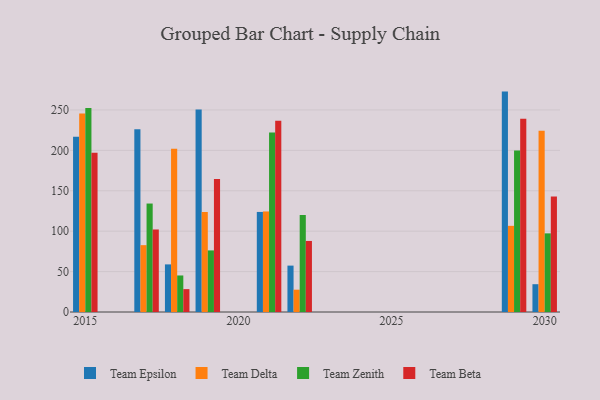
{"axis": {"x": "Year", "y": "Revenue (USD Million)"}, "legend": ["Team Beta", "Team Delta", "Team Epsilon", "Team Zenith"], "data": [{"x": "2018", "y": 58.9, "type": "Team Epsilon"}, {"x": "2018", "y": 202.0, "type": "Team Delta"}, {"x": "2018", "y": 45.2, "type": "Team Zenith"}, {"x": "2018", "y": 28.3, "type": "Team Beta"}, {"x": "2015", "y": 216.8, "type": "Team Epsilon"}, {"x": "2015", "y": 245.6, "type": "Team Delta"}, {"x": "2015", "y": 252.4, "type": "Team Zenith"}, {"x": "2015", "y": 196.9, "type": "Team Beta"}, {"x": "2019", "y": 250.6, "type": "Team Epsilon"}, {"x": "2019", "y": 123.7, "type": "Team Delta"}, {"x": "2019", "y": 76.2, "type": "Team Zenith"}, {"x": "2019", "y": 164.6, "type": "Team Beta"}, {"x": "2030", "y": 34.4, "type": "Team Epsilon"}, {"x": "2030", "y": 224.4, "type": "Team Delta"}, {"x": "2030", "y": 97.3, "type": "Team Zenith"}, {"x": "2030", "y": 142.9, "type": "Team Beta"}, {"x": "2029", "y": 272.7, "type": "Team Epsilon"}, {"x": "2029", "y": 106.6, "type": "Team Delta"}, {"x": "2029", "y": 199.9, "type": "Team Zenith"}, {"x": "2029", "y": 239.0, "type": "Team Beta"}, {"x": "2017", "y": 226.0, "type": "Team Epsilon"}, {"x": "2017", "y": 82.7, "type": "Team Delta"}, {"x": "2017", "y": 134.2, "type": "Team Zenith"}, {"x": "2017", "y": 102.1, "type": "Team Beta"}, {"x": "2021", "y": 123.8, "type": "Team Epsilon"}, {"x": "2021", "y": 124.4, "type": "Team Delta"}, {"x": "2021", "y": 222.2, "type": "Team Zenith"}, {"x": "2021", "y": 236.7, "type": "Team Beta"}, {"x": "2022", "y": 57.4, "type": "Team Epsilon"}, {"x": "2022", "y": 27.6, "type": "Team Delta"}, {"x": "2022", "y": 120.0, "type": "Team Zenith"}, {"x": "2022", "y": 87.9, "type": "Team Beta"}]}